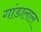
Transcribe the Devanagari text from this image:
गांडालाल